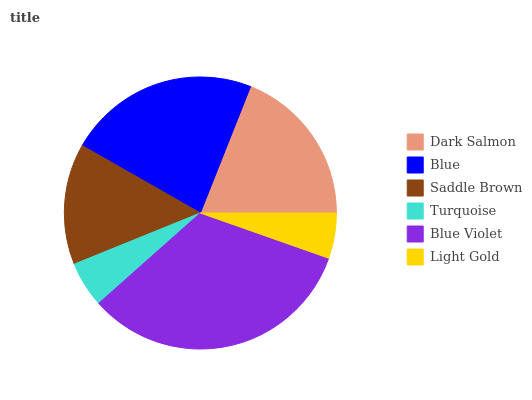
| Dark Salmon | Blue | Saddle Brown | Turquoise | Blue Violet | Light Gold |
 | --- | --- | --- | --- | --- | --- |
 | 18.9% | 22.8% | 14.4% | 5.43% | 33.1% | 5.4% |